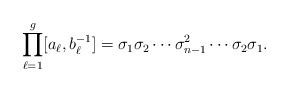
\begin{align*}\prod_{\ell=1}^g [a_\ell, b_\ell^{-1}] = \sigma_1 \sigma_2 \cdots \sigma_{n-1}^2 \cdots \sigma_2 \sigma_1.\end{align*}